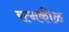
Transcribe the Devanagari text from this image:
रत्नकीळ